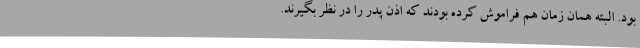
بود. البته همان زمان هم فراموش کرده بودند که اذن پدر را در نظر بگیرند.